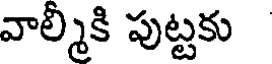
వాల్మీకి పుట్టకు